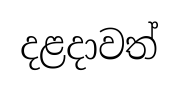
දළදාවත්